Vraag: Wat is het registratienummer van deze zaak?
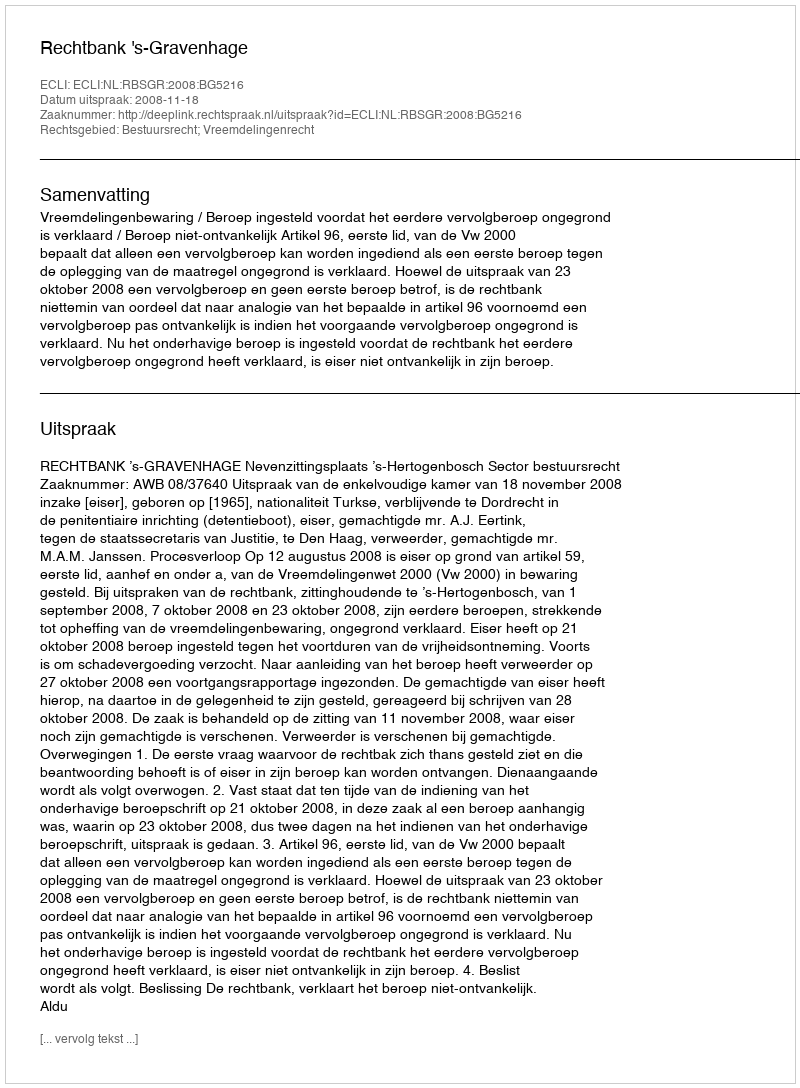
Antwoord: http://deeplink.rechtspraak.nl/uitspraak?id=ECLI:NL:RBSGR:2008:BG5216